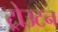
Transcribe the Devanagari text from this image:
ट्रोउटन